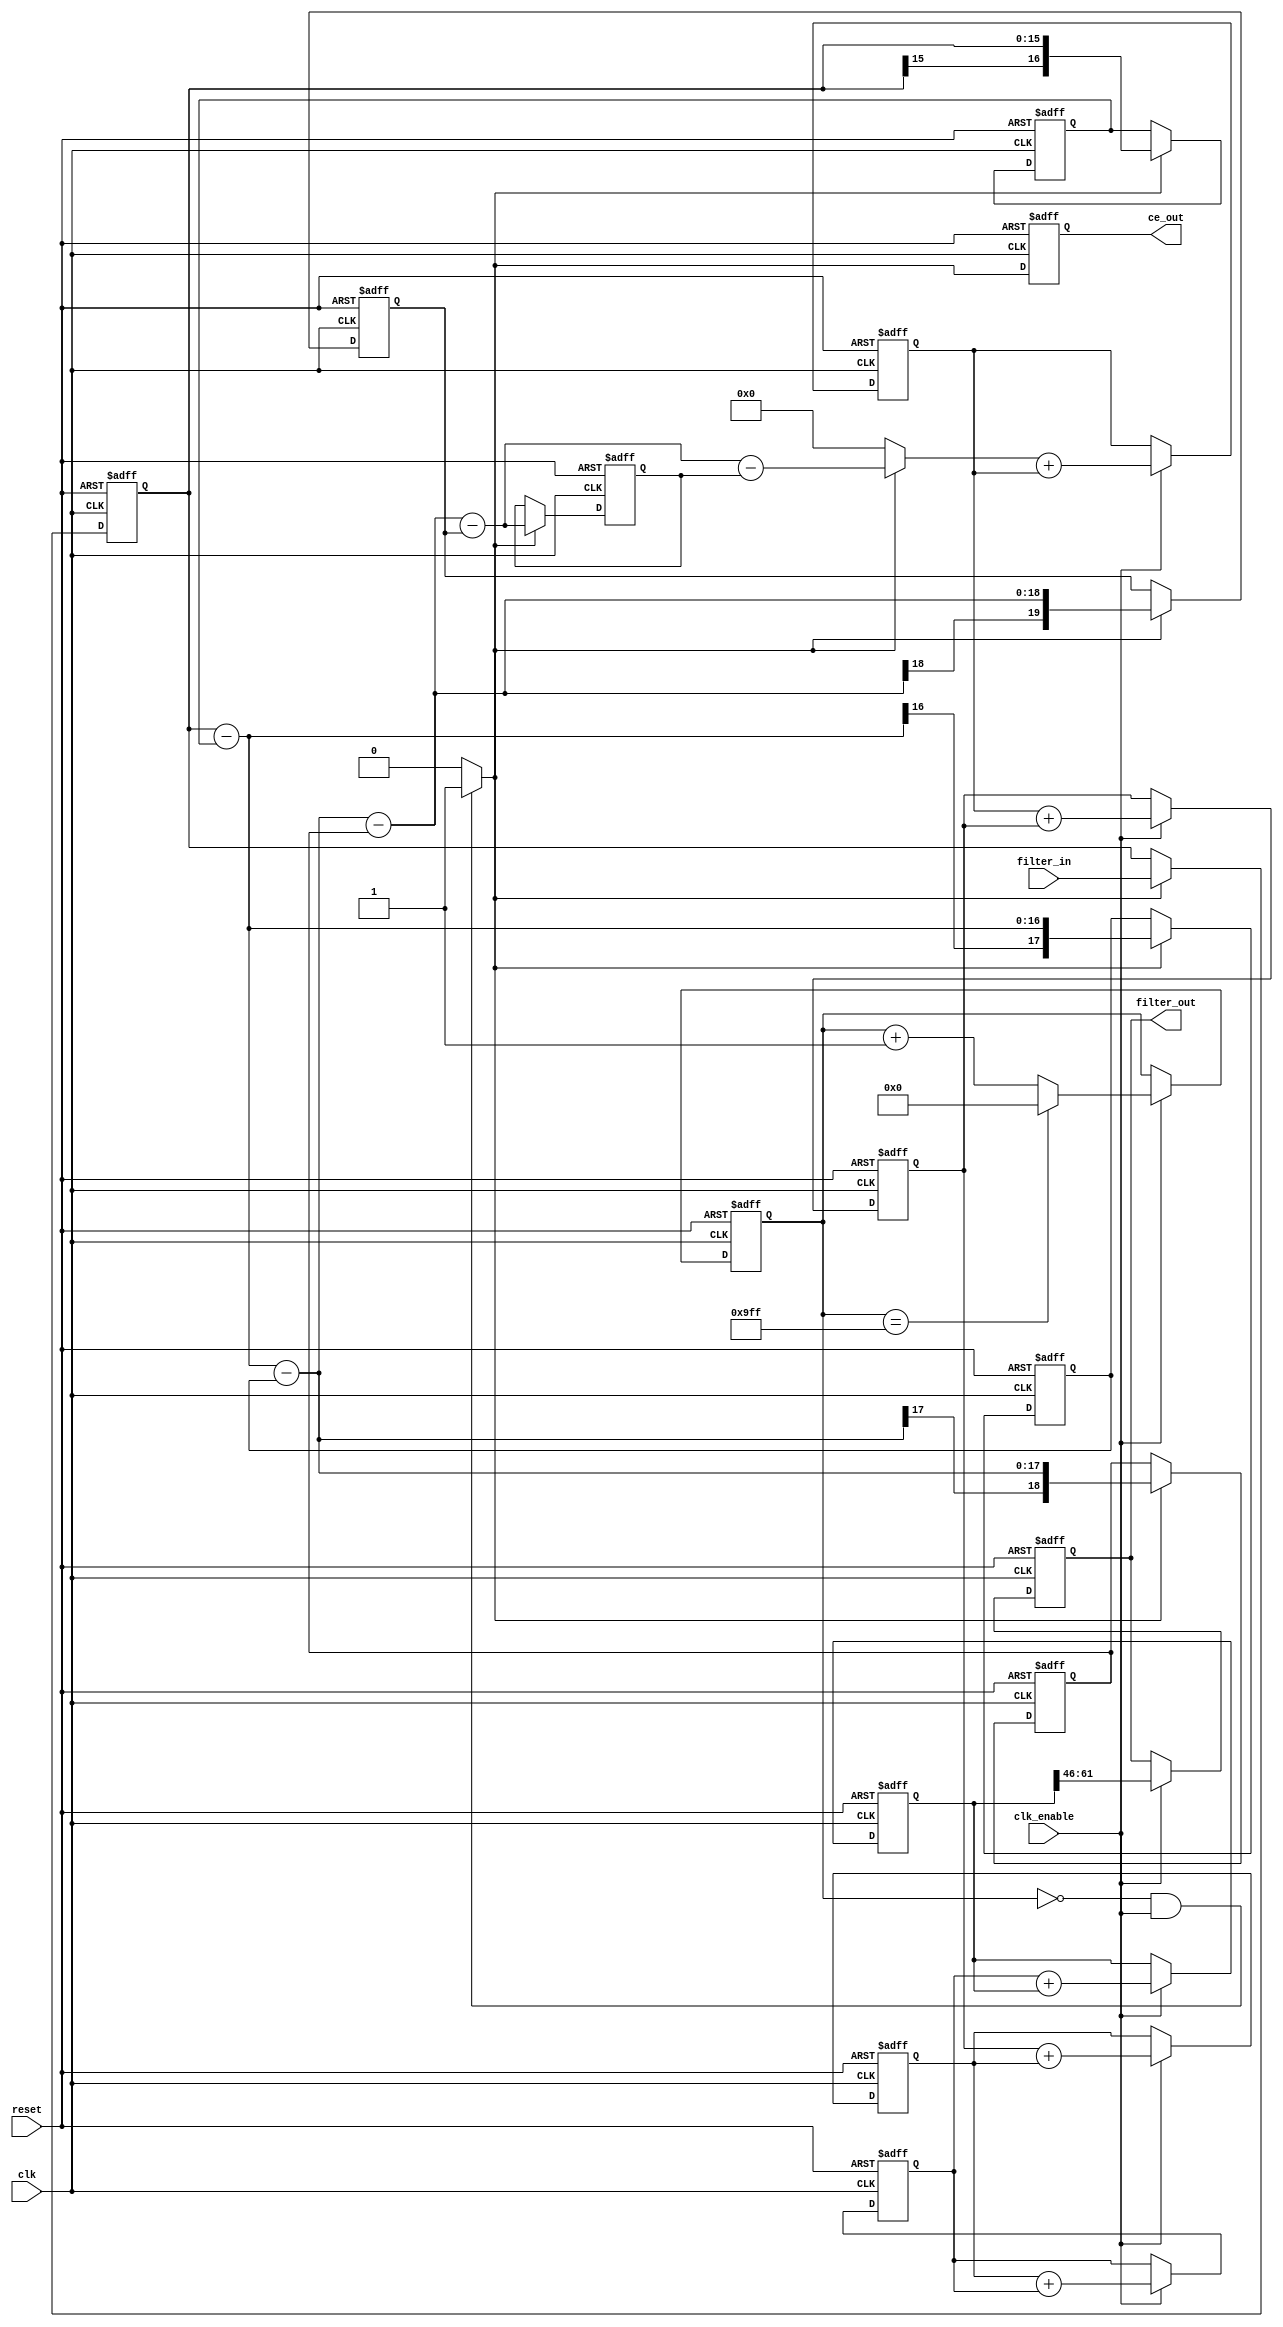
// -------------------------------------------------------------
//
// Module: cicint
//
// Generated by MATLAB(R) 7.2 and the Filter Design HDL Coder 1.4.
//
// Generated on: 2007-09-09 20:28:44
//
// -------------------------------------------------------------

// -------------------------------------------------------------
// HDL Code Generation Options:
//
// TargetLanguage: Verilog
// Name: cicint
// TargetDirectory: C:\DOCUME~1\Philip\LOCALS~1\Temp\tp284267\hdlsrc
// SerialPartition: -1
// CastBeforeSum: On
//
// Filter Settings:
//
// Discrete-Time FIR Multirate Filter (real)
// -----------------------------------------
// Filter Structure        : Cascaded Integrator-Comb Interpolator
// Interpolation Factor    : 2560
// Differential Delay      : 1
// Number of Sections      : 5
// Stable                  : Yes
// Linear Phase            : Yes (Type 2)
//
// Input                   : s16,0
// Output                  : s16,-46
// Filter Internals        : Minimum Word Lengths
//   Integrator Section 1  : s17,0
//   Integrator Section 2  : s18,0
//   Integrator Section 3  : s19,0
//   Integrator Section 4  : s20,0
//   Integrator Section 5  : s20,0
//   Comb Section 1        : s20,0
//   Comb Section 2        : s31,0
//   Comb Section 3        : s41,0
//   Comb Section 4        : s51,0
//   Comb Section 5        : s62,0
//
// Implementation Cost
// Number of Multipliers : 0
// Number of Adders      : 10
// Number of States      : 10
// MultPerInputSample    : 0
// AddPerInputSample     : 12805
// -------------------------------------------------------------

`timescale 1 ns / 1 ns

module cicint 
               (
                clk,
                clk_enable,
                reset,
                filter_in,
                filter_out,
                ce_out
                );

  input   clk; 
  input   clk_enable; 
  input   reset; 
  input   signed [15:0] filter_in; //sfix16
  output  signed [15:0] filter_out; //sfix16_E46
  output  ce_out; 

////////////////////////////////////////////////////////////////
//Module Architecture: cicint
////////////////////////////////////////////////////////////////
  // Local Functions
  // Type Definitions
  // Constants
  parameter signed [19:0] zeroconst = 20'b00000000000000000000; //sfix20
  // Signals
  reg  [11:0] cur_count; // ufix12
  wire phase_0; // boolean
  reg  ce_out_reg; // boolean
  //   
  reg  signed [15:0] input_register; // sfix16
  //   -- Section 1 Signals 
  wire signed [15:0] section_in1; // sfix16
  wire signed [16:0] section_cast1; // sfix17
  reg  signed [16:0] diff1; // sfix17
  wire signed [16:0] section_out1; // sfix17
  wire signed [16:0] sub_cast; // sfix17
  wire signed [16:0] sub_cast_1; // sfix17
  wire signed [17:0] sub_temp; // sfix18
  //   -- Section 2 Signals 
  wire signed [16:0] section_in2; // sfix17
  wire signed [17:0] section_cast2; // sfix18
  reg  signed [17:0] diff2; // sfix18
  wire signed [17:0] section_out2; // sfix18
  wire signed [17:0] sub_cast_2; // sfix18
  wire signed [17:0] sub_cast_3; // sfix18
  wire signed [18:0] sub_temp_1; // sfix19
  //   -- Section 3 Signals 
  wire signed [17:0] section_in3; // sfix18
  wire signed [18:0] section_cast3; // sfix19
  reg  signed [18:0] diff3; // sfix19
  wire signed [18:0] section_out3; // sfix19
  wire signed [18:0] sub_cast_4; // sfix19
  wire signed [18:0] sub_cast_5; // sfix19
  wire signed [19:0] sub_temp_2; // sfix20
  //   -- Section 4 Signals 
  wire signed [18:0] section_in4; // sfix19
  wire signed [19:0] section_cast4; // sfix20
  reg  signed [19:0] diff4; // sfix20
  wire signed [19:0] section_out4; // sfix20
  wire signed [19:0] sub_cast_6; // sfix20
  wire signed [19:0] sub_cast_7; // sfix20
  wire signed [20:0] sub_temp_3; // sfix21
  //   -- Section 5 Signals 
  wire signed [19:0] section_in5; // sfix20
  reg  signed [19:0] diff5; // sfix20
  wire signed [19:0] section_out5; // sfix20
  wire signed [19:0] sub_cast_8; // sfix20
  wire signed [19:0] sub_cast_9; // sfix20
  wire signed [20:0] sub_temp_4; // sfix21
  wire signed [19:0] upsampling; // sfix20
  //   -- Section 6 Signals 
  wire signed [19:0] section_in6; // sfix20
  wire signed [19:0] sum1; // sfix20
  reg  signed [19:0] section_out6; // sfix20
  wire signed [19:0] add_cast; // sfix20
  wire signed [19:0] add_cast_1; // sfix20
  wire signed [20:0] add_temp; // sfix21
  //   -- Section 7 Signals 
  wire signed [19:0] section_in7; // sfix20
  wire signed [30:0] section_cast7; // sfix31
  wire signed [30:0] sum2; // sfix31
  reg  signed [30:0] section_out7; // sfix31
  wire signed [30:0] add_cast_2; // sfix31
  wire signed [30:0] add_cast_3; // sfix31
  wire signed [31:0] add_temp_1; // sfix32
  //   -- Section 8 Signals 
  wire signed [30:0] section_in8; // sfix31
  wire signed [40:0] section_cast8; // sfix41
  wire signed [40:0] sum3; // sfix41
  reg  signed [40:0] section_out8; // sfix41
  wire signed [40:0] add_cast_4; // sfix41
  wire signed [40:0] add_cast_5; // sfix41
  wire signed [41:0] add_temp_2; // sfix42
  //   -- Section 9 Signals 
  wire signed [40:0] section_in9; // sfix41
  wire signed [50:0] section_cast9; // sfix51
  wire signed [50:0] sum4; // sfix51
  reg  signed [50:0] section_out9; // sfix51
  wire signed [50:0] add_cast_6; // sfix51
  wire signed [50:0] add_cast_7; // sfix51
  wire signed [51:0] add_temp_3; // sfix52
  //   -- Section 10 Signals 
  wire signed [50:0] section_in10; // sfix51
  wire signed [61:0] section_cast10; // sfix62
  wire signed [61:0] sum5; // sfix62
  reg  signed [61:0] section_out10; // sfix62
  wire signed [61:0] add_cast_8; // sfix62
  wire signed [61:0] add_cast_9; // sfix62
  wire signed [62:0] add_temp_4; // sfix63
  wire signed [15:0] output_typeconvert; // sfix16_E46
  //   
  reg  signed [15:0] output_register; // sfix16_E46

  // Block Statements
  //   ------------------ CE Output Generation ------------------

  always @ (posedge clk or posedge reset)
    begin: ce_output
      if (reset == 1'b1) begin
        cur_count <= 12'b000000000000;
      end
      else begin
        if (clk_enable == 1'b1) begin
          if (cur_count == 12'b100111111111) begin
            cur_count <= 12'b000000000000;
          end
          else begin
            cur_count <= cur_count + 1'b1;
          end
        end
      end
    end // ce_output

  assign  phase_0 = (cur_count == 12'b000000000000 && clk_enable == 1'b1)? 1'b1 : 1'b0;

  //   ------------------ CE Output Register ------------------

  always @ (posedge clk or posedge reset)
    begin: ce_output_register
      if (reset == 1'b1) begin
        ce_out_reg <= 1'b0;
      end
      else begin
          ce_out_reg <= phase_0;
      end
    end // ce_output_register

  //   ------------------ Input Register ------------------

  always @ (posedge clk or posedge reset)
    begin: input_reg_process
      if (reset == 1'b1) begin
        input_register <= 0;
      end
      else begin
        if (phase_0 == 1'b1) begin
          input_register <= filter_in;
        end
      end
    end // input_reg_process

  //   ------------------ Section # 1 : Comb ------------------

  assign section_in1 = input_register;

  assign section_cast1 = $signed({{1{section_in1[15]}}, section_in1});

  assign sub_cast = section_cast1;
  assign sub_cast_1 = diff1;
  assign sub_temp = sub_cast - sub_cast_1;
  assign section_out1 = sub_temp[16:0];

  always @ (posedge clk or posedge reset)
    begin: comb_delay_section1
      if (reset == 1'b1) begin
        diff1 <= 0;
      end
      else begin
        if (phase_0 == 1'b1) begin
          diff1 <= section_cast1;
        end
      end
    end // comb_delay_section1

  //   ------------------ Section # 2 : Comb ------------------

  assign section_in2 = section_out1;

  assign section_cast2 = $signed({{1{section_in2[16]}}, section_in2});

  assign sub_cast_2 = section_cast2;
  assign sub_cast_3 = diff2;
  assign sub_temp_1 = sub_cast_2 - sub_cast_3;
  assign section_out2 = sub_temp_1[17:0];

  always @ (posedge clk or posedge reset)
    begin: comb_delay_section2
      if (reset == 1'b1) begin
        diff2 <= 0;
      end
      else begin
        if (phase_0 == 1'b1) begin
          diff2 <= section_cast2;
        end
      end
    end // comb_delay_section2

  //   ------------------ Section # 3 : Comb ------------------

  assign section_in3 = section_out2;

  assign section_cast3 = $signed({{1{section_in3[17]}}, section_in3});

  assign sub_cast_4 = section_cast3;
  assign sub_cast_5 = diff3;
  assign sub_temp_2 = sub_cast_4 - sub_cast_5;
  assign section_out3 = sub_temp_2[18:0];

  always @ (posedge clk or posedge reset)
    begin: comb_delay_section3
      if (reset == 1'b1) begin
        diff3 <= 0;
      end
      else begin
        if (phase_0 == 1'b1) begin
          diff3 <= section_cast3;
        end
      end
    end // comb_delay_section3

  //   ------------------ Section # 4 : Comb ------------------

  assign section_in4 = section_out3;

  assign section_cast4 = $signed({{1{section_in4[18]}}, section_in4});

  assign sub_cast_6 = section_cast4;
  assign sub_cast_7 = diff4;
  assign sub_temp_3 = sub_cast_6 - sub_cast_7;
  assign section_out4 = sub_temp_3[19:0];

  always @ (posedge clk or posedge reset)
    begin: comb_delay_section4
      if (reset == 1'b1) begin
        diff4 <= 0;
      end
      else begin
        if (phase_0 == 1'b1) begin
          diff4 <= section_cast4;
        end
      end
    end // comb_delay_section4

  //   ------------------ Section # 5 : Comb ------------------

  assign section_in5 = section_out4;

  assign sub_cast_8 = section_in5;
  assign sub_cast_9 = diff5;
  assign sub_temp_4 = sub_cast_8 - sub_cast_9;
  assign section_out5 = sub_temp_4[19:0];

  always @ (posedge clk or posedge reset)
    begin: comb_delay_section5
      if (reset == 1'b1) begin
        diff5 <= 0;
      end
      else begin
        if (phase_0 == 1'b1) begin
          diff5 <= section_in5;
        end
      end
    end // comb_delay_section5

  assign upsampling = (phase_0 == 1'b1) ? section_out5 : zeroconst;
  //   ------------------ Section # 6 : Integrator ------------------

  assign section_in6 = upsampling;

  assign add_cast = section_in6;
  assign add_cast_1 = section_out6;
  assign add_temp = add_cast + add_cast_1;
  assign sum1 = add_temp[19:0];

  always @ (posedge clk or posedge reset)
    begin: integrator_delay_section6
      if (reset == 1'b1) begin
        section_out6 <= 0;
      end
      else begin
        if (clk_enable == 1'b1) begin
          section_out6 <= sum1;
        end
      end
    end // integrator_delay_section6

  //   ------------------ Section # 7 : Integrator ------------------

  assign section_in7 = section_out6;

  assign section_cast7 = $signed({{11{section_in7[19]}}, section_in7});

  assign add_cast_2 = section_cast7;
  assign add_cast_3 = section_out7;
  assign add_temp_1 = add_cast_2 + add_cast_3;
  assign sum2 = add_temp_1[30:0];

  always @ (posedge clk or posedge reset)
    begin: integrator_delay_section7
      if (reset == 1'b1) begin
        section_out7 <= 0;
      end
      else begin
        if (clk_enable == 1'b1) begin
          section_out7 <= sum2;
        end
      end
    end // integrator_delay_section7

  //   ------------------ Section # 8 : Integrator ------------------

  assign section_in8 = section_out7;

  assign section_cast8 = $signed({{10{section_in8[30]}}, section_in8});

  assign add_cast_4 = section_cast8;
  assign add_cast_5 = section_out8;
  assign add_temp_2 = add_cast_4 + add_cast_5;
  assign sum3 = add_temp_2[40:0];

  always @ (posedge clk or posedge reset)
    begin: integrator_delay_section8
      if (reset == 1'b1) begin
        section_out8 <= 0;
      end
      else begin
        if (clk_enable == 1'b1) begin
          section_out8 <= sum3;
        end
      end
    end // integrator_delay_section8

  //   ------------------ Section # 9 : Integrator ------------------

  assign section_in9 = section_out8;

  assign section_cast9 = $signed({{10{section_in9[40]}}, section_in9});

  assign add_cast_6 = section_cast9;
  assign add_cast_7 = section_out9;
  assign add_temp_3 = add_cast_6 + add_cast_7;
  assign sum4 = add_temp_3[50:0];

  always @ (posedge clk or posedge reset)
    begin: integrator_delay_section9
      if (reset == 1'b1) begin
        section_out9 <= 0;
      end
      else begin
        if (clk_enable == 1'b1) begin
          section_out9 <= sum4;
        end
      end
    end // integrator_delay_section9

  //   ------------------ Section # 10 : Integrator ------------------

  assign section_in10 = section_out9;

  assign section_cast10 = $signed({{11{section_in10[50]}}, section_in10});

  assign add_cast_8 = section_cast10;
  assign add_cast_9 = section_out10;
  assign add_temp_4 = add_cast_8 + add_cast_9;
  assign sum5 = add_temp_4[61:0];

  always @ (posedge clk or posedge reset)
    begin: integrator_delay_section10
      if (reset == 1'b1) begin
        section_out10 <= 0;
      end
      else begin
        if (clk_enable == 1'b1) begin
          section_out10 <= sum5;
        end
      end
    end // integrator_delay_section10

  assign output_typeconvert = section_out10[61:46];

  //   ------------------ Output Register ------------------

  always @ (posedge clk or posedge reset)
    begin: output_reg_process
      if (reset == 1'b1) begin
        output_register <= 0;
      end
      else begin
        if (clk_enable == 1'b1) begin
          output_register <= output_typeconvert;
        end
      end
    end // output_reg_process

  // Assignment Statements
  assign ce_out = ce_out_reg;
  assign filter_out = output_register;
endmodule  // cicint